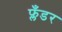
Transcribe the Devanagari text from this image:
फ्लँडर